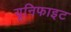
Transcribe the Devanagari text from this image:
यूनिफाइट